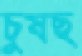
চুষছ